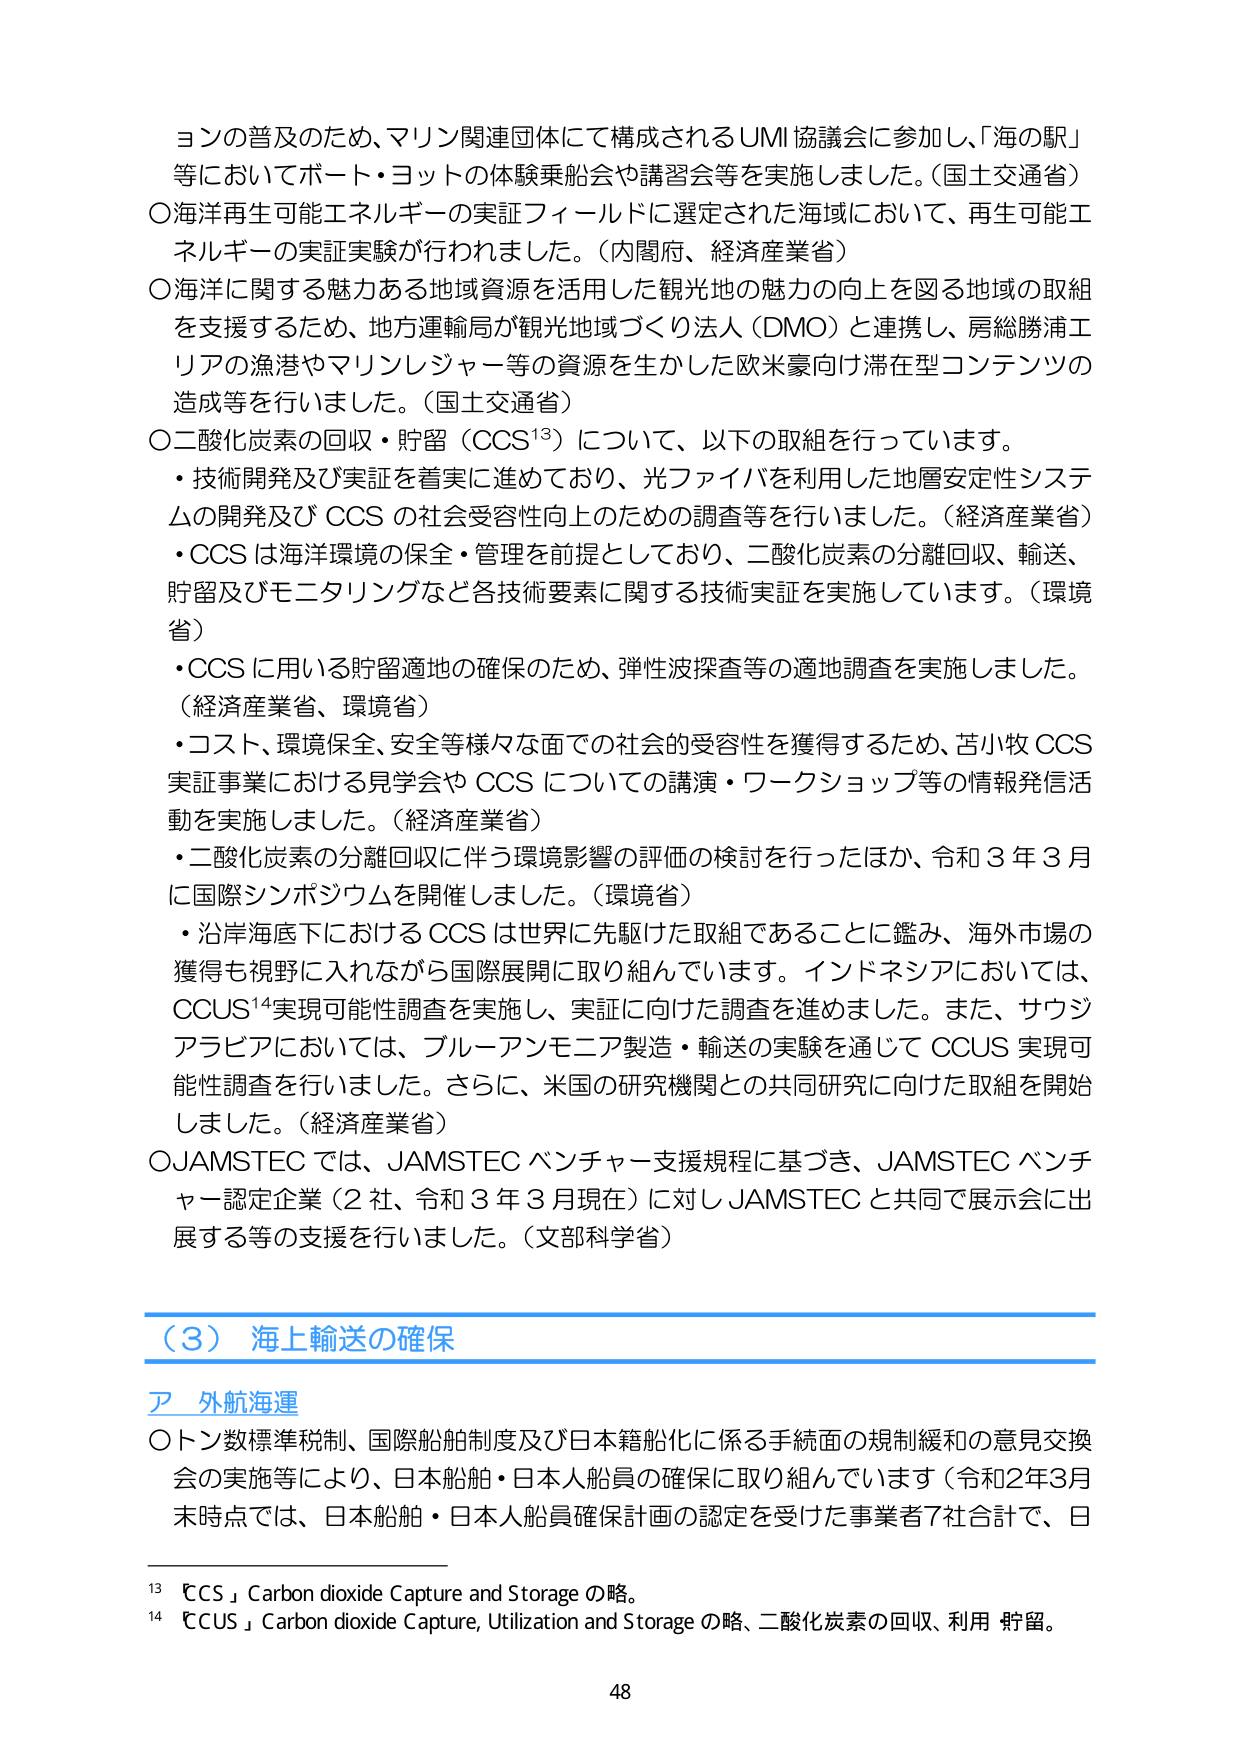
ョンの普及のため、マリン関連団体にて構成されるUMI協議会に参加し、「海の駅」等においてボート・ヨットの体験乗船会や講習会等を実施しました。（国土交通省）
〇海洋再生可能エネルギーの実証フィールドに選定された海域において、再生可能エネルギーの実証実験が行われました。（内閣府、経済産業省）
〇海洋に関する魅力ある地域資源を活用した観光地の魅力の向上を図る地域の取組を支援するため、地方運輸局が観光地域づくり法人（DMO）と連携し、房総勝浦エリアの漁港やマリンレジャー等の資源を生かした欧米豪向け滞在型コンテンツの造成等を行いました。（国土交通省）
〇二酸化炭素の回収・貯留（CCS¹³）について、以下の取組を行っています。
・技術開発及び実証を着実に進めており、光ファイバを利用した地層安定性システムの開発及び CCS の社会受容性向上のための調査等を行いました。（経済産業省）
・CCS は海洋環境の保全・管理を前提としており、二酸化炭素の分離回収、輸送、貯留及びモニタリングなど各技術要素に関する技術実証を実施しています。（環境省）
・CCS に用いる貯留適地の確保のため、弾性波探査等の適地調査を実施しました。（経済産業省、環境省）
・コスト、環境保全、安全等様々な面での社会的受容性を獲得するため、苫小牧 CCS 実証事業における見学会や CCS についての講演・ワークショップ等の情報発信活動を実施しました。（経済産業省）
・二酸化炭素の分離回収に伴う環境影響の評価の検討を行ったほか、令和３年３月に国際シンポジウムを開催しました。（環境省）
・沿岸海底下における CCS は世界に先駆けた取組であることに鑑み、海外市場の獲得も視野に入れながら国際展開に取り組んでいます。インドネシアにおいては、CCUS¹⁴実現可能性調査を実施し、実証に向けた調査を進めました。また、サウジアラビアにおいては、ブルーアンモニア製造・輸送の実験を通じて CCUS 実現可能性調査を行いました。さらに、米国の研究機関との共同研究に向けた取組を開始しました。（経済産業省）
〇JAMSTEC では、JAMSTEC ベンチャー支援規程に基づき、JAMSTEC ベンチャー認定企業（2社、令和３年３月現在）に対しJAMSTEC と共同で展示会に出展する等の支援を行いました。（文部科学省）

（３）海上輸送の確保
ア 外航海運
〇トン数標準税制、国際船舶制度及び日本籍船化に係る手続面の規制緩和の意見交換会の実施等により、日本船舶・日本人船員の確保に取り組んでいます（令和2年3月末時点では、日本船舶・日本人船員確保計画の認定を受けた事業者7社合計で、日

¹³ 「CCS」 Carbon dioxide Capture and Storage の略。
¹⁴ 「CCUS」 Carbon dioxide Capture, Utilization and Storage の略、二酸化炭素の回収、利用・貯留。
48